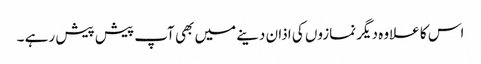
اس کا علاوہ دیگر نمازوں کی اذان دینے میں بھی آپ پیش پیش رہے ۔